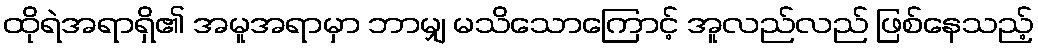
ထိုရဲအရာရှိ၏ အမူအရာမှာ ဘာမျှ မသိသောကြောင့် အူလည်လည် ဖြစ်နေသည့်